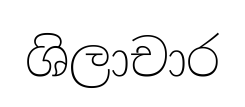
ශිලාචාර